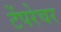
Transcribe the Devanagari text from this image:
टेंपरेचर